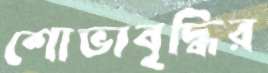
শোভাবৃদ্ধির